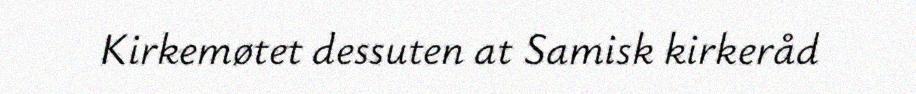
Kirkemøtet dessuten at Samisk kirkeråd